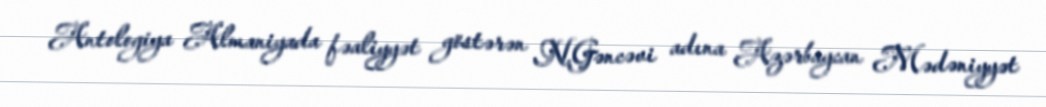
Antologiya Almaniyada fəaliyyət göstərən N.Gəncəvi adına Azərbaycan Mədəniyyət